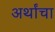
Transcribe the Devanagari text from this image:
अर्थांचा